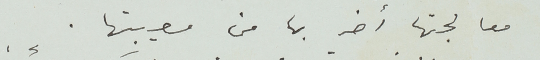
معالجتها أضر بها من مصيبتها.